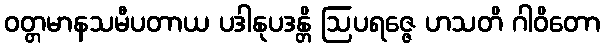
ဝတ္တမာနသမီပတာယ ပဒါနုပဒန္တိ ဩပရဇ္ဇေ ဟသတိ ဂါဝိတော